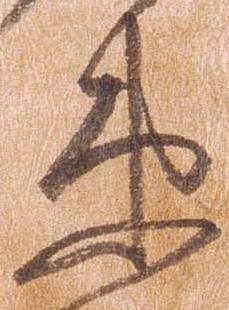
衛